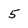
Character: 5